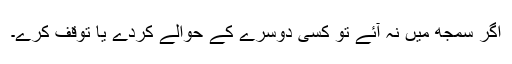
اگر سمجھ میں نہ آئے تو کسی دوسرے کے حوالے کردے یا توقف کرے۔